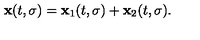
{ \bf x } ( t , \sigma ) = { \bf x } _ { 1 } ( t , \sigma ) + { \bf x } _ { 2 } ( t , \sigma ) .